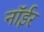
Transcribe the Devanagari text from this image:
नॉईर